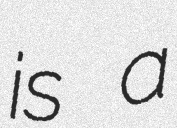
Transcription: is a